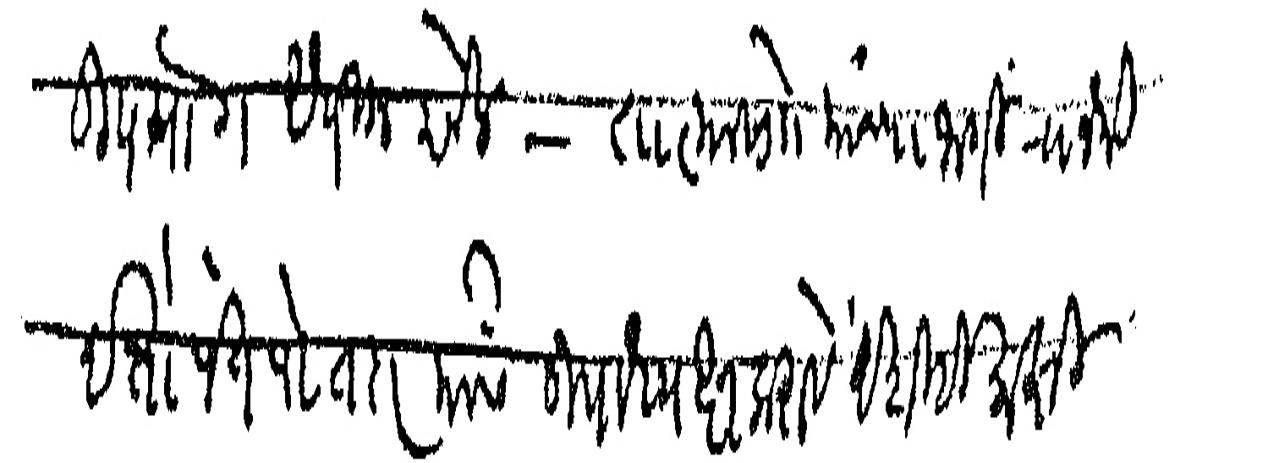
Transliteration (Devanagari): उपयोग अधिक होईल तात्यासाो यांच्या जागी राजश्री दत्तोपंत पोतदार यांस उपाध्यक्ष करावे अशीही माझी